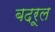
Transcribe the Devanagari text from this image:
बदरूल